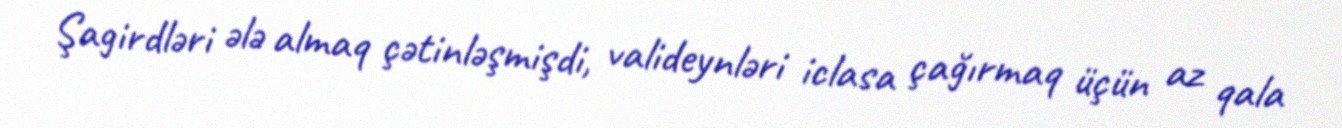
Şagirdləri ələ almaq çətinləşmişdi, valideynləri iclasa çağırmaq üçün az qala